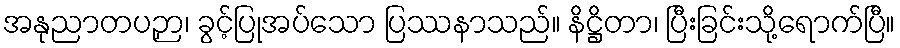
အနုညာတပဉှာ၊ ခွင့်ပြုအပ်သော ပြဿနာသည်။ နိဋ္ဌိတာ၊ ပြီးခြင်းသို့ရောက်ပြီ။